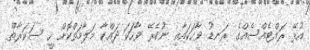
އުޅޭ ރައްޓެއްސެއްގެ ރަނޑު ވާހަކައާއި ނުކެރޭ ވާހަކަ ދައްކާ މަލާމަތްކޮށް ހީ ސަކަރާތް